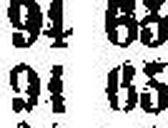
94 65